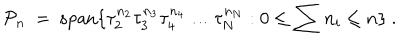
LaTeX: { \cal P } _ { n } \ = \ \mathrm { s p a n } \{ \tau _ { 2 } ^ { n _ { 2 } } \tau _ { 3 } ^ { n _ { 3 } } \tau _ { 4 } ^ { n _ { 4 } } \ldots \tau _ { N } ^ { n _ { N } } : 0 \leq \sum n _ { i } \leq n \} \ .